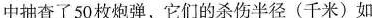
中抽查了50枚炮弹，它们的杀伤半径(千米)如